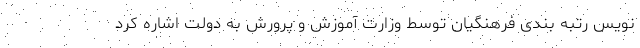
نویس رتبه بندی فرهنگیان توسط وزارت آموزش و پرورش به دولت اشاره کرد